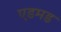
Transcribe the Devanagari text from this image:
एडमड